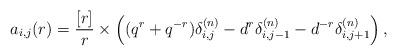
LaTeX: \begin{align*}a_{i,j}(r)=\frac{[r]}{r} \times \left((q^r+q^{-r})\delta^{(n)}_{i,j}-d^r \delta^{(n)}_{i,j-1}-d^{-r}\delta^{(n)}_{i,j+1}\right),\end{align*}